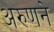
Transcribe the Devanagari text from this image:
अरुणने